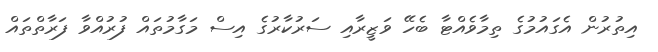
އިތުރުން އެގައުމުގެ ތިމާވެއްޓާ ބެހޭ ވަޒީރާއި ސަރުކާރުގެ އިސް މަގާމުތައް ފުރުއްވާ ފަރާތްތައް